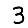
Digit: 3